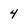
Character: 4